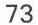
73